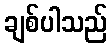
ချစ်ပါသည်